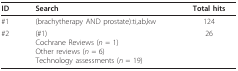
<table><thead><tr><td><b>ID</b></td><td><b>Search</b></td><td><b>Total hits</b></td></tr></thead><tbody><tr><td>#1</td><td>(brachytherapy AND prostate):ti,ab,kw</td><td>124</td></tr><tr><td>#2</td><td>(#1)Cochrane Reviews (<i>n </i>= 1)Other reviews (<i>n </i>= 6)Technology assessments (<i>n </i>= 19)</td><td>26</td></tr></tbody></table>